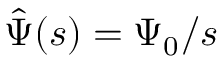
\hat { \Psi } ( s ) = \Psi _ { 0 } / s